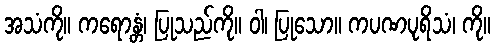
အသံကို။ ကရောန္တံ၊ ပြုသည်ကို။ ဝါ၊ ပြုသော။ ကပဏပုရိသံ၊ ကို။